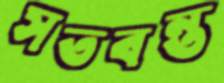
সতবন্ত